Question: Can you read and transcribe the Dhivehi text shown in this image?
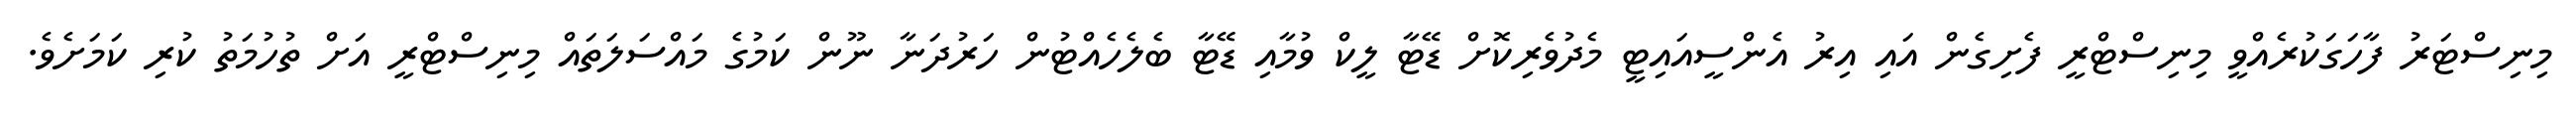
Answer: މިނިސްޓަރު ފާހަގަކުރެއްވީ މިނިސްޓްރީ ފެށިގެން އައި އިރު އެންސީއައިޓީ މެދުވެރިކޮށް ޑޭޓާ ލީކް ވުމާއި ޑޭޓާ ބެލެހެއްޓުން ހަރުދަނާ ނޫން ކަމުގެ މައްސަލަތައް މިނިސްޓްރީ އަށް ތުހުމަތު ކުރި ކަމަށެވެ.